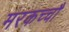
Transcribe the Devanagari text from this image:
मरकच्चौ